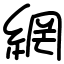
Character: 網